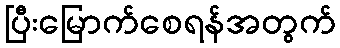
ပြီးမြောက်စေရန်အတွက်